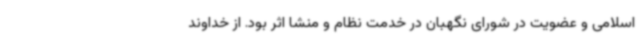
اسلامی و عضویت در شورای نگهبان در خدمت نظام و منشا اثر بود. از خداوند